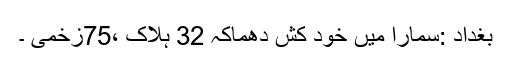
بغداد :سمارا میں خود کش دھماکہ 32 ہلاک ،75زخمی ۔